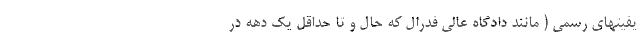
یفیتهای رسمی ( مانند دادگاه عالی فدرال که حال و تا حداقل یک دهه در